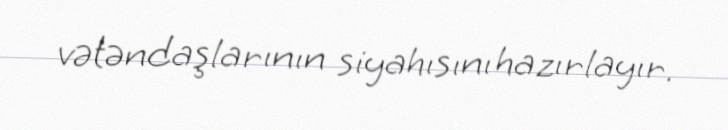
vətəndaşlarının siyahısını hazırlayır.